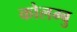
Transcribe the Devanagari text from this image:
कोलम्बु